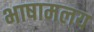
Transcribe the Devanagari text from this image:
भाषामलय